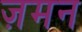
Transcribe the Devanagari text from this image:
ज़मन